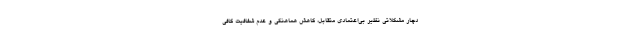
دچار مشکلاتی نظیر بی‌اعتمادی متقابل، کاهش هماهنگی‌ و عدم شفافیت کافی